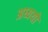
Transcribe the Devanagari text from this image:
अध्ययों